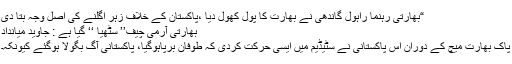
“بھارتی رہنما راہول گاندھی نے بھارت کا پول کھول دیا ،پاکستان کے خلاف زہر اگلنے کی اصل وجہ بتا دی
بھارتی آرمی چیف’’ سٹھیا ‘‘ گیا ہے : جاوید میانداد
پاک بھارت میچ کے دوران اس پاکستانی نے سٹیڈیم میں ایسی حرکت کردی کہ طوفان برپاہوگیا، پاکستانی آگ بگولا ہوگئے کیونکہ۔